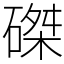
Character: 磔